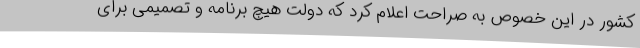
کشور در این خصوص به صراحت اعلام کرد که دولت هیچ برنامه و تصمیمی برای